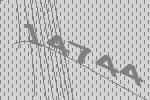
14744